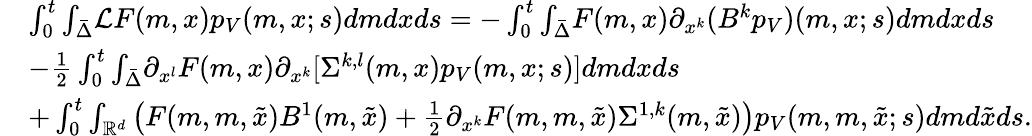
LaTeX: \begin{array}{rl}&{\int_{0}^{t}{\int_{\bar{\Delta}}}{\cal L}F(m,x)p_{V}(m,x;s)dmdxds=-\int_{0}^{t}{\int_{\bar{\Delta}}}F(m,x)\partial_{x^{k}}(B^{k}p_{V})(m,x;s)dmdxds}\\ &{-\frac{1}{2}\int_{0}^{t}{\int_{\bar{\Delta}}}\partial_{x^{l}}F(m,x)\partial_{x^{k}}[\Sigma^{{k,l}}(m,x)p_{V}(m,x;s)]dmdxds}\\ &{+\int_{0}^{t}\int_{{\mathbb R}^{d}}\left(F(m,m,\tilde{x})B^{1}(m,\tilde{x})+\frac{1}{2}\partial_{x^{k}}F(m,m,\tilde{x})\Sigma^{1,k}(m,\tilde{x})\right)p_{V}(m,m,\tilde{x};s)dmd\tilde{x}ds.}\end{array}